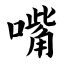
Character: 嘴